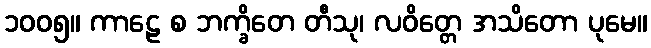
၁၀၀၅။ ကာဠေ စ ဘက္ခိတေ တီသု၊ လဝိတ္တေ အသိတော ပုမေ။